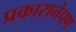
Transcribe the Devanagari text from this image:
प्रकारानेपण